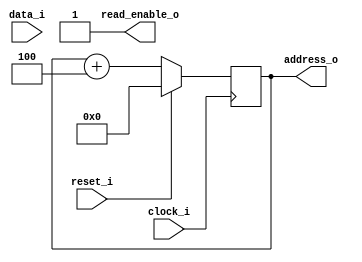
module Riscv (
  input         clock_i,
  input         reset_i,
  output        read_enable_o,
  output [31:0] address_o,
  input  [31:0] data_i
);

//--------------------------------------------------------------------------------------

reg [31:0] address_r;
reg [31:0] instruction_address_r;

always @(posedge clock_i) begin
  if (reset_i) begin
    address_r <= 32'd0;
    instruction_address_r <= 32'd0;
  end
  else begin
    address_r <= address_r + 32'd4;
    instruction_address_r <= address_r;
  end
end

assign read_enable_o = 1'b1;
assign address_o = address_r;

//--------------------------------------------------------------------------------------

// Decode logic.

wire [4:0] rs1_w    = data_i[19:15];
wire [4:0] rs2_w    = data_i[24:20];
wire [4:0] rd_w     = data_i[11:7];

wire [2:0] func3_w  = data_i[14:12];
wire [6:0] funct7_w = data_i[31:25];

wire [31:0] immediate_i_w = {{20{data_i[31]}}, data_i[31:20]};

endmodule